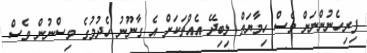
ފިރިހެނުންނަށް ވެސް ހިމާޔަތް ލިބިދޭ އެއްޗަކަށް އެ ގާނޫނު ހެދުމުގެ ވިސްނުން ވެސް